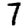
Digit: 7